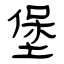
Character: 堡